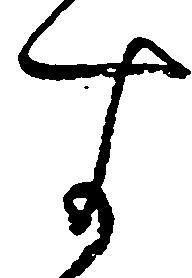
す